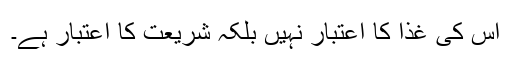
اس کی غذا کا اعتبار نہیں بلکہ شریعت کا اعتبار ہے۔